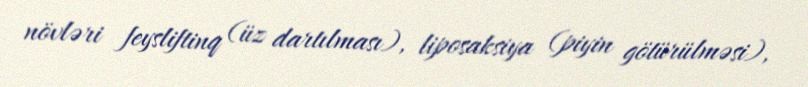
növləri feysliftinq (üz dartılması), liposaksiya (piyin götürülməsi),